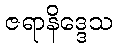
ဇရာနိဒ္ဒေသ